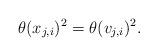
LaTeX: \begin{align*}\theta(x_{j,i})^2=\theta(v_{j,i})^2.\end{align*}